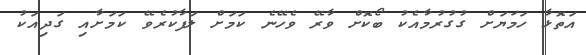
އަތޮޅާ ހަމަޔަށް ގުގުރުމާއެކު ބޯކޮށް ވާރޭ ވެހޭނެ ކަމަށް ލަފާކުރެވޭ ކަމަށާއި ގަދިއަކު